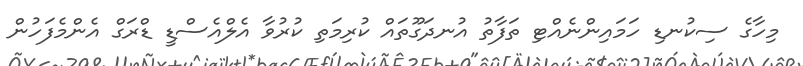
މިހާގެ ސިކުނޑި ހަމައިންނެއްޓި ތަފާތު އުނދަގޫތައް ކުރިމަތި ކުރުވާ އެލްއެސްޑީ ޑްރަގް އެންމެފަހުން